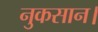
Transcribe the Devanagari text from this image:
नुकसान।